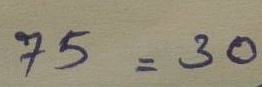
75 = 30